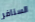
السنافر